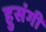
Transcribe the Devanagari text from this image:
हुसंगी